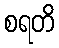
စရတိ